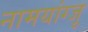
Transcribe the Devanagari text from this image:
नामयांग्जू